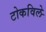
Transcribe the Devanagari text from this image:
टोकविले